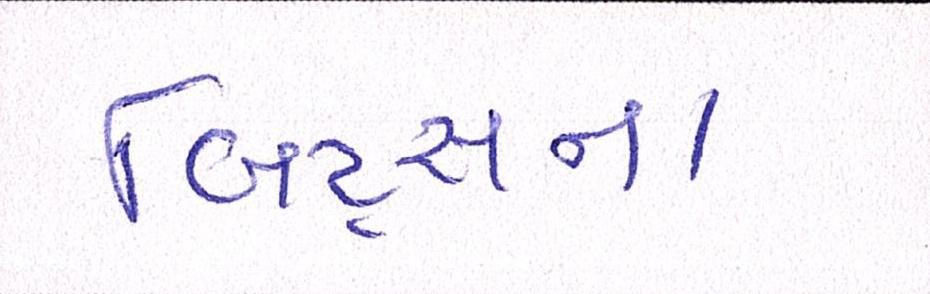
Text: બિટ્સના